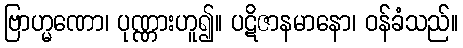
ဗြာဟ္မဏော၊ ပုဏ္ဏားဟူ၍။ ပဋိဇာနမာနော၊ ဝန်ခံသည်။